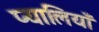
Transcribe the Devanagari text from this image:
प्यालियाँ